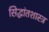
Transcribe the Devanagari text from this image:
सिद्धांतशास्त्र